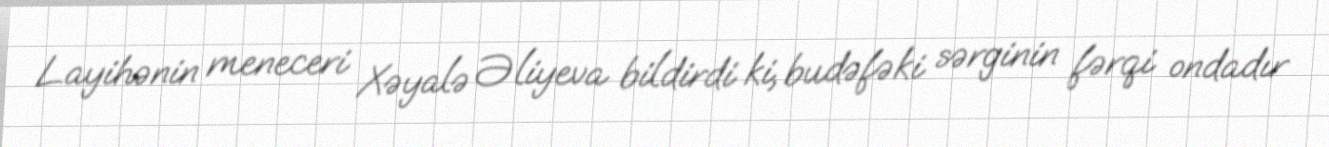
Layihənin meneceri Xəyalə Əliyeva bildirdi ki, budəfəki sərginin fərqi ondadır